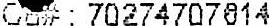
CB# : 70274707614